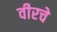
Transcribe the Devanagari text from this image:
वीरचे